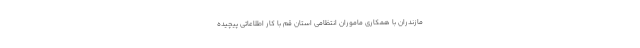
مازندران با همکاری ماموران انتظامی استان قم با کار اطلاعاتی پیچیده